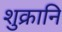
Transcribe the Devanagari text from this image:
शुक्रानि